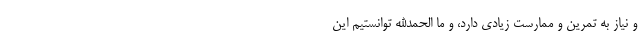
و نیاز به تمرین و ممارست زیادی دارد، و ما الحمدالله توانستیم این